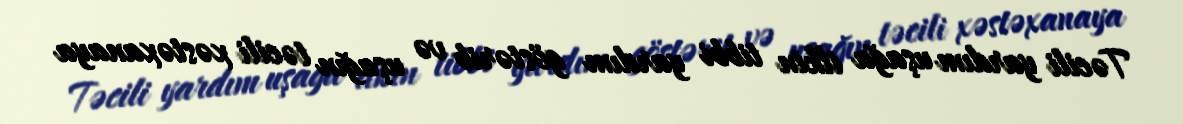
Təcili yardım uşağa ilkin tibbi yardım göstərib və uşağın təcili xəstəxanaya